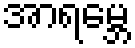
အာရမ္ဘေ